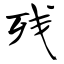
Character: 残